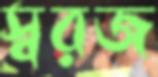
স্বরজ